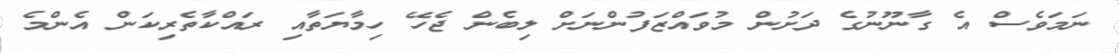
ނަމަވެސް އެ ގާނޫނުގެ ދަށުން މުވައްޒަފުންނަށް ލިބެން ޖެހޭ ހިމާޔަތާއި ރައްކާތެރިކަން އެންމެ